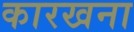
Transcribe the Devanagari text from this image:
कारखना